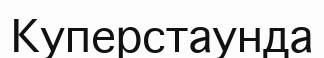
Куперстаунда